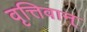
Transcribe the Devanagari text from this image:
वृत्तिवान्